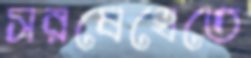
সরষেখেতে